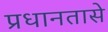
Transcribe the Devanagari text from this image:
प्रधानतासे